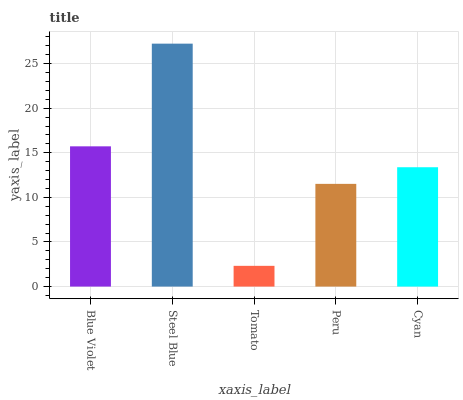
| xaxis_label | bars |
 | --- | --- |
 | Blue Violet | 15.7 |
 | Steel Blue | 27.2 |
 | Tomato | 2.33 |
 | Peru | 11.5 |
 | Cyan | 13.4 |